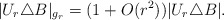
\begin{align*} |U_r\triangle B|_{g_r} = (1+O(r^2))|U_r\triangle B|.\end{align*}